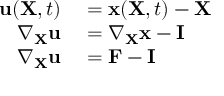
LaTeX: \begin{array} { r l } { \mathbf { u } ( \mathbf { X } , t ) } & { { } = \mathbf { x } ( \mathbf { X } , t ) - \mathbf { X } } \\ { \nabla _ { \mathbf { X } } \mathbf { u } } & { { } = \nabla _ { \mathbf { X } } \mathbf { x } - \mathbf { I } } \\ { \nabla _ { \mathbf { X } } \mathbf { u } } & { { } = \mathbf { F } - \mathbf { I } } \end{array}